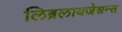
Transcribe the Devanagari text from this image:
लिब्रलायजेशन्स